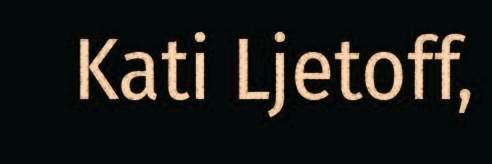
Kati Ljetoff,